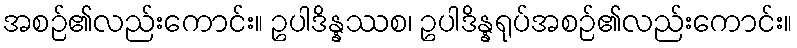
အစဉ်၏လည်းကောင်း။ ဥပါဒိန္နဿစ၊ ဥပါဒိန္နရုပ်အစဉ်၏လည်းကောင်း။